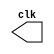
//-----------------------------------------------------------------------------
//
// Title       : CLK
// Design      : mips pilining
// Author      : 
// Company     : 
//
//-----------------------------------------------------------------------------
//
// Generated   : Thu Dec 24 20:25:25 2015
// From        : interface description file
// By          : Itf2Vhdl ver. 1.22
//
//-----------------------------------------------------------------------------
//
// Description : 
//
//-----------------------------------------------------------------------------
`timescale 1 ns / 1 ps

//{{ Section below this comment is automatically maintained
//   and may be overwritten
//{module {CLK}}
module CLK (output reg clk);
	always
		begin
			#5
			clk=~clk;
		end
//}} End of automatically maintained section

// -- Enter your statements here -- //

endmodule